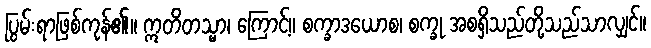
ပြွမ်းရာဖြစ်ကုန်၏။ ဣတိတသ္မာ၊ ကြောင့်။ စက္ခာဒယောစ၊ စက္ခု အစရှိသည်တို့သည်သာလျှင်။